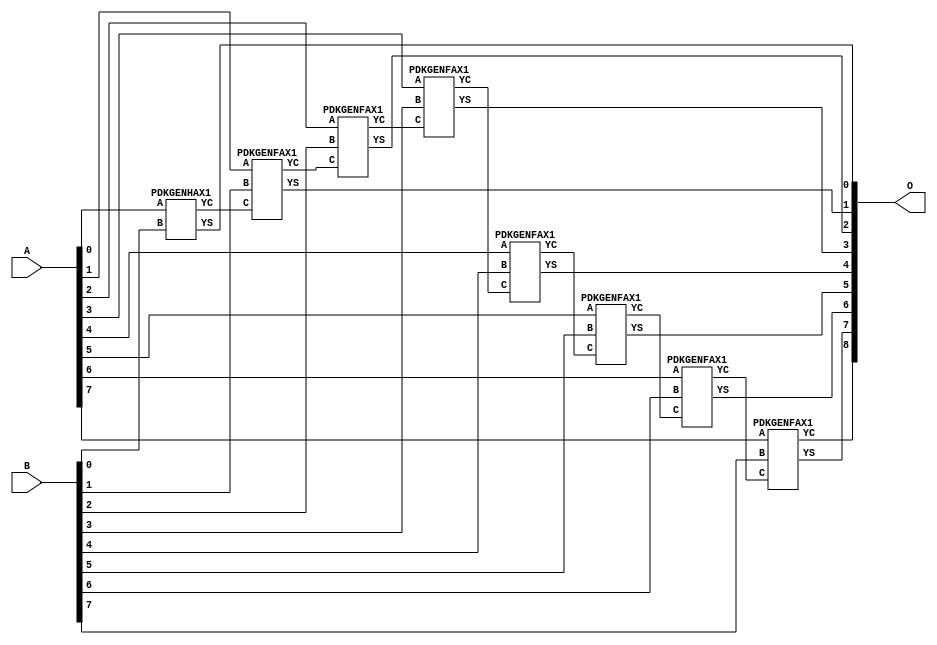
// Library = EvoApprox8b
// Circuit = add8_RCA
// Area   (180) = 920
// Delay  (180) = 1.680
// Power  (180) = 339.90
// Area   (45) = 67
// Delay  (45) = 0.630
// Power  (45) = 32.96
// Nodes = 8
// HD = 0
// MAE = 0.00000
// MSE = 0.00000
// MRE = 0.00 %
// WCE = 0
// WCRE = 0 %
// EP = 0.0 %

module add8_RippleCarryAdder(A, B, O);
  input [7:0] A;
  input [7:0] B;
  output [8:0] O;
  wire [2031:0] N;

  assign N[0] = A[0];
  assign N[1] = A[0];
  assign N[2] = A[1];
  assign N[3] = A[1];
  assign N[4] = A[2];
  assign N[5] = A[2];
  assign N[6] = A[3];
  assign N[7] = A[3];
  assign N[8] = A[4];
  assign N[9] = A[4];
  assign N[10] = A[5];
  assign N[11] = A[5];
  assign N[12] = A[6];
  assign N[13] = A[6];
  assign N[14] = A[7];
  assign N[15] = A[7];
  assign N[16] = B[0];
  assign N[17] = B[0];
  assign N[18] = B[1];
  assign N[19] = B[1];
  assign N[20] = B[2];
  assign N[21] = B[2];
  assign N[22] = B[3];
  assign N[23] = B[3];
  assign N[24] = B[4];
  assign N[25] = B[4];
  assign N[26] = B[5];
  assign N[27] = B[5];
  assign N[28] = B[6];
  assign N[29] = B[6];
  assign N[30] = B[7];
  assign N[31] = B[7];

  PDKGENHAX1 n32(.A(N[0]), .B(N[16]), .YS(N[32]), .YC(N[33]));
  PDKGENFAX1 n34(.A(N[2]), .B(N[18]), .C(N[33]), .YS(N[34]), .YC(N[35]));
  PDKGENFAX1 n36(.A(N[4]), .B(N[20]), .C(N[35]), .YS(N[36]), .YC(N[37]));
  PDKGENFAX1 n38(.A(N[6]), .B(N[22]), .C(N[37]), .YS(N[38]), .YC(N[39]));
  PDKGENFAX1 n40(.A(N[8]), .B(N[24]), .C(N[39]), .YS(N[40]), .YC(N[41]));
  PDKGENFAX1 n42(.A(N[10]), .B(N[26]), .C(N[41]), .YS(N[42]), .YC(N[43]));
  PDKGENFAX1 n44(.A(N[12]), .B(N[28]), .C(N[43]), .YS(N[44]), .YC(N[45]));
  PDKGENFAX1 n46(.A(N[14]), .B(N[30]), .C(N[45]), .YS(N[46]), .YC(N[47]));

  assign O[0] = N[32];
  assign O[1] = N[34];
  assign O[2] = N[36];
  assign O[3] = N[38];
  assign O[4] = N[40];
  assign O[5] = N[42];
  assign O[6] = N[44];
  assign O[7] = N[46];
  assign O[8] = N[47];

endmodule
/* mod */
module PDKGENHAX1( input A, input B, output YS, output YC );
    assign YS = A ^ B;
    assign YC = A & B;
endmodule
/* mod */
module PDKGENFAX1( input A, input B, input C, output YS, output YC );
    assign YS = (A ^ B) ^ C;
    assign YC = (A & B) | (B & C) | (A & C);
endmodule